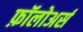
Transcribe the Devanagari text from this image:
फ़ॉलोअर्स